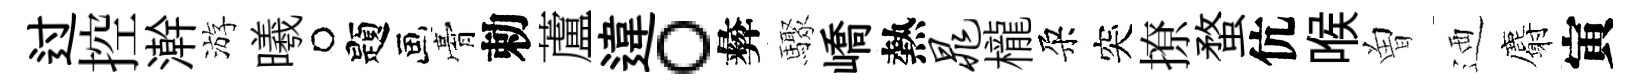
过控澣游曦题膏勅蘆違。彜驟嶠熱晁櫳朶突撩蝥伉喉曽迺麝寅